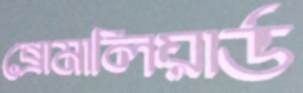
ব্রোমালিয়ার্ড